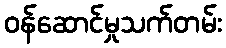
ဝန်ဆောင်မှုသက်တမ်း